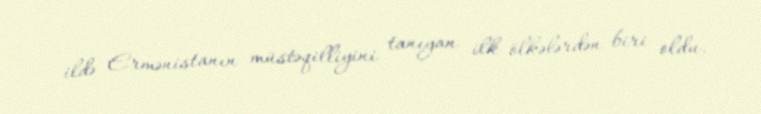
ildə Ermənistanın müstəqilliyini tanıyan ilk ölkələrdən biri oldu.